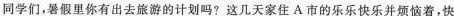
同学们，暑假里你有出去旅游的计划吗?这几天家住A市的乐乐快乐并烦恼着，快